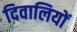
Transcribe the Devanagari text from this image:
दिवालियों